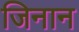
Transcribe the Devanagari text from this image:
जिनान